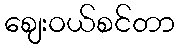
ဈေးဝယ်စင်တာ